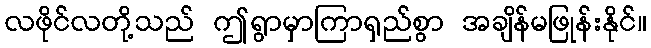
လဖိုင်လတို့သည် ဤရွာမှာကြာရှည်စွာ အချိန်မဖြုန်းနိုင်။